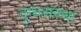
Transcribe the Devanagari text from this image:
दुग्धसंस्था